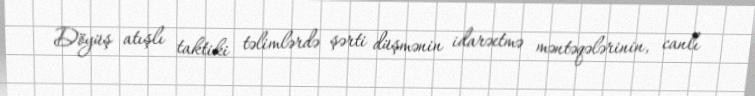
Döyüş atışlı taktiki təlimlərdə şərti düşmənin idarəetmə məntəqələrinin, canlı